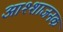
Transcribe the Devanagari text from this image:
आश्शाजनक